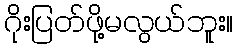
ဂိုးပြတ်ဖို့မလွယ်ဘူး။